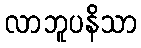
လာဘူပနိသာ